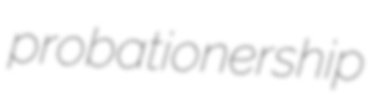
probationership